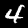
Label: 4